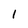
Character: 1